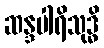
ဆန္ဒပါရိသုဒ္ဓိ